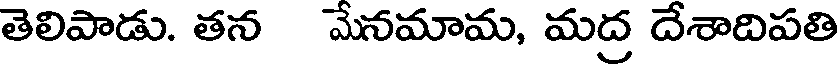
తెలిపాడు. తన మేనమామ, మద్ర దేశాదిపతి